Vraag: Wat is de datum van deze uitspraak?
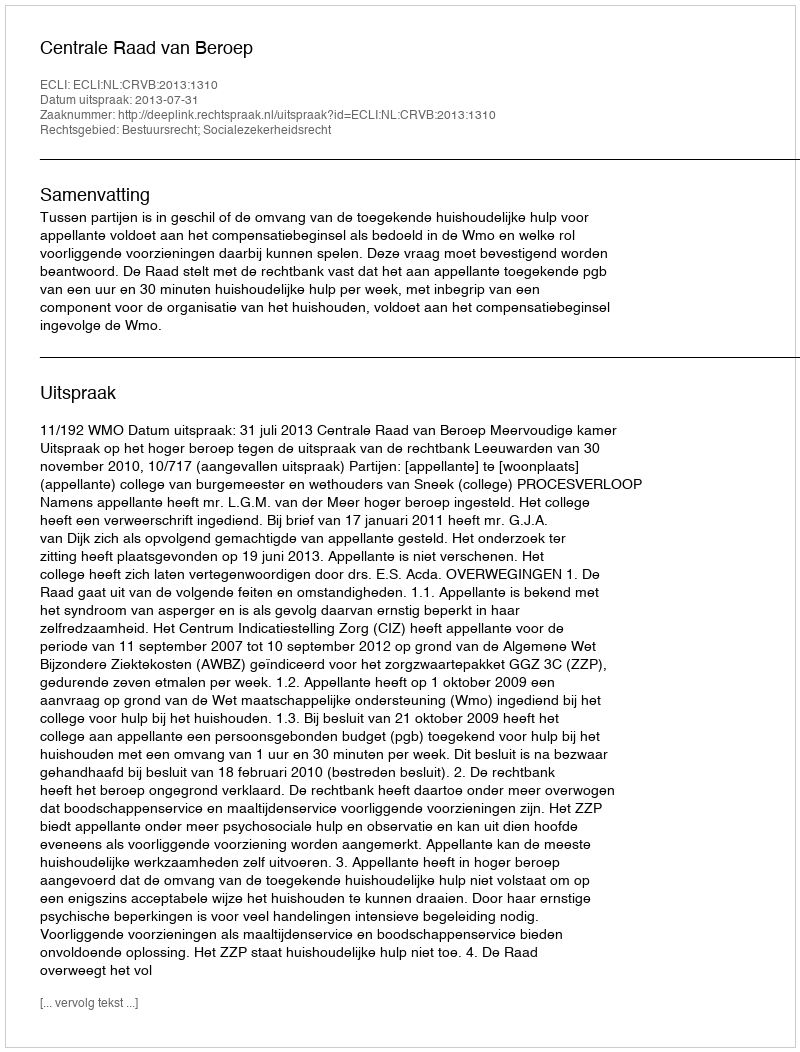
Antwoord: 2013-07-31